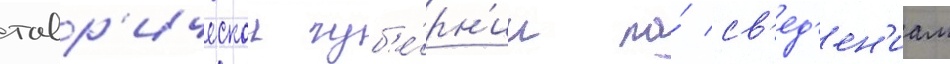
тавр'ическои губ'е́рн'ии по́ св'ед'ен'иам